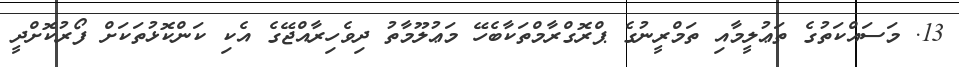
13. މަސައްކަތުގެ ތަޢުލީމާއި ތަމްރީނުގެ ޕްރޮގްރާމްތަކާބެހޭ މަޢުލޫމާތު ދިވެހިރާއްޖޭގެ އެކި ކަންކޮޅުތަކަށް ފޯރުކޮށްދީ